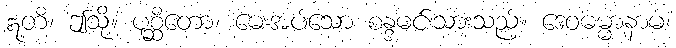
ဣတိ၊ ဤသို့။ ပုစ္ဆိတော၊ မေးအပ်သော စန္ဒမင်းသားသည်။ ဒေဝဓမ္မာနာမ၊